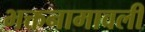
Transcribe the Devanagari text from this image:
भक्तनामावली